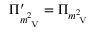
\Pi _ { m _ { \mathrm { \tiny ~ V } } ^ { 2 } } ^ { \prime } = \Pi _ { m _ { \mathrm { \tiny ~ V } } ^ { 2 } }